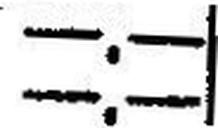
—.—